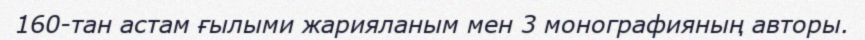
160-тан астам ғылыми жарияланым мен 3 монографияның авторы.